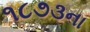
૧૮૭૩ના